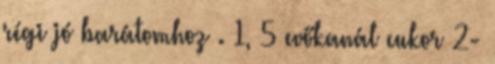
régi jó barátomhoz . 1, 5 evőkanál cukor 2-